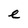
Character: e